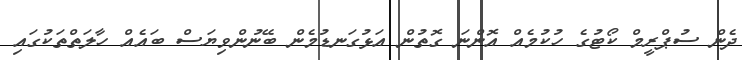
ދެން ސުޕްރީމް ކޯޓުގެ ހުކުމެއް އޮންނަ ގޮތުން އަޅުގަނޑުމެން ބޭނުންވިޔަސް ބައެއް ހާލަތްތަކުގައި